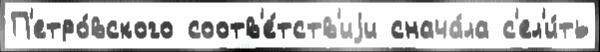
П'етро́вского соотв'е́тств'иjи снача́ла с'ел'и́ть